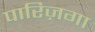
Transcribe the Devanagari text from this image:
पारिज़गा